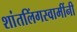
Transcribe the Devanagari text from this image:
शांतलिंगस्वामींनी